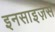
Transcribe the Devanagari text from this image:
इनसाइज़र्स